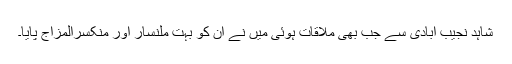
شاہد نجیب آبادی سے جب بھی ملاقات ہوئی میں نے اْن کو بہت ملنسار اور منکسرالمزاج پایا۔